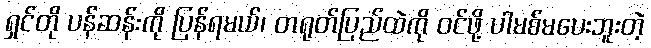
ရှင်တို ပန်ဆန်းကို ပြန်ရမယ်၊ တရုတ်ပြည်ထဲကို ဝင်ဖို့ ပါမစ်မပေးဘူးတဲ့